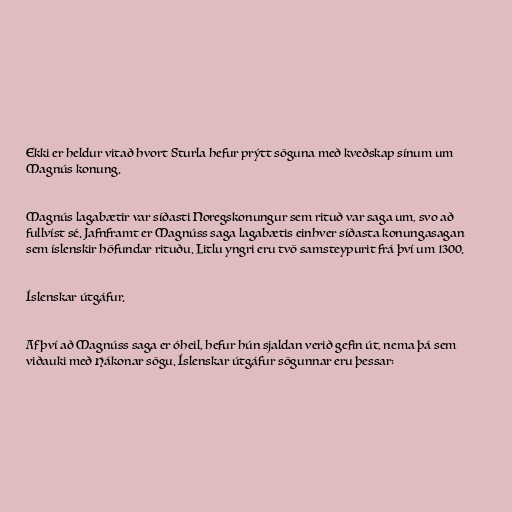
Ekki er heldur vitað hvort Sturla hefur prýtt söguna með kveðskap sínum um
Magnús konung.

Magnús lagabætir var síðasti Noregskonungur sem rituð var saga um, svo að
fullvíst sé. Jafnframt er Magnúss saga lagabætis einhver síðasta konungasagan
sem íslenskir höfundar rituðu. Litlu yngri eru tvö samsteypurit frá því um 1300.

Íslenskar útgáfur.

Af því að Magnúss saga er óheil, hefur hún sjaldan verið gefin út, nema þá sem
viðauki með Hákonar sögu. Íslenskar útgáfur sögunnar eru þessar: